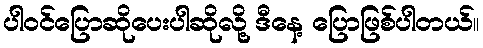
ပါဝင်ပြောဆိုပေးပါဆိုလို့ ဒီနေ့ ပြောဖြစ်ပါတယ်။